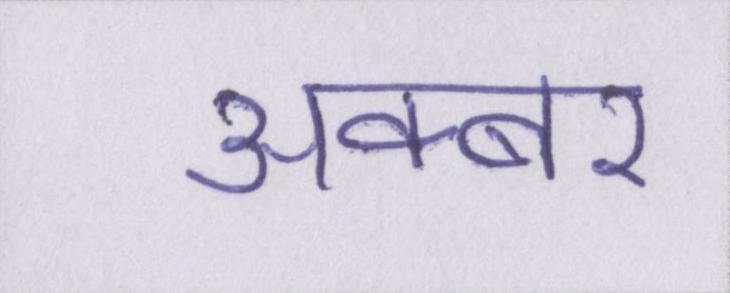
अक्बर